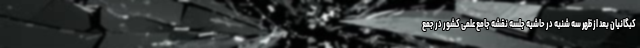
کبگانیان بعد از ظهر سه شنبه در حاشیه جلسه نقشه جامع علمی کشور در جمع